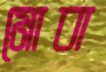
মোবা